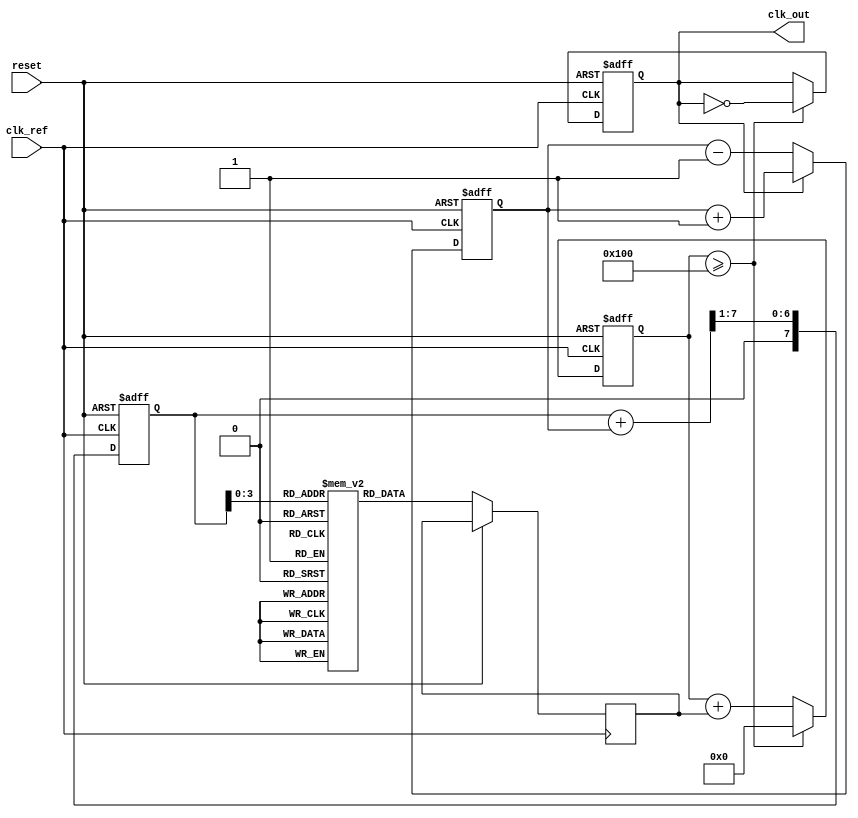
module adpll (
    input wire clk_ref,        // Reference clock input
    input wire reset,          // Reset signal
    output reg clk_out         // Output clock signal
);

// Parameters
parameter N = 8;              // Number of bits for frequency control
parameter LOOP_FILTER_SIZE = 4; // Size of the loop filter

// Internal signals
reg [N-1:0] freq_control;     // Frequency control word from loop filter
reg [N-1:0] phase_error;      // Phase error signal
reg [N-1:0] loop_filter_out;  // Output from loop filter
reg [N-1:0] memory_block [0:15]; // Memory block for frequency values
reg [N-1:0] dco_counter;      // Counter for DCO
reg [N-1:0] dco_freq;         // Frequency output from DCO
reg [3:0] memory_index;       // Index for memory block

// Phase Detector (PD)
always @(posedge clk_ref or posedge reset) begin
    if (reset) begin
        phase_error <= 0;
    end else begin
        // Simple phase detection logic (PFD)
        // Assume clk_out is sampled here
        if (clk_out) begin
            phase_error <= phase_error + 1; // Increment if output clock is leading
        end else begin
            phase_error <= phase_error - 1; // Decrement if output clock is lagging
        end
    end
end

// Loop Filter (LF)
always @(posedge clk_ref or posedge reset) begin
    if (reset) begin
        loop_filter_out <= 0;
    end else begin
        // Simple low-pass filter implementation
        loop_filter_out <= (loop_filter_out + phase_error) >> 1; // Averaging
    end
end

// Memory Block (Frequency Synthesizer)
initial begin
    // Pre-load frequency values into memory block
    memory_block[0] = 8'd50;  // Example frequency values
    memory_block[1] = 8'd100;
    memory_block[2] = 8'd150;
    memory_block[3] = 8'd200;
    // ... Add more values as needed
end

// Digital Controlled Oscillator (DCO)
always @(posedge clk_ref or posedge reset) begin
    if (reset) begin
        dco_counter <= 0;
        clk_out <= 0;
    end else begin
        // Update DCO frequency based on loop filter output
        dco_freq <= memory_block[loop_filter_out[3:0]]; // Select frequency from memory
        dco_counter <= dco_counter + dco_freq;

        // Generate output clock based on DCO counter
        if (dco_counter >= 256) begin // Example threshold for clock generation
            clk_out <= ~clk_out;
            dco_counter <= 0; // Reset counter
        end
    end
end

endmodule